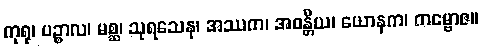
ကုရု၊ ပဉ္စာလ၊ မစ္ဆ၊ သုရသေန၊ အဿက၊ အဝန္တိယ၊ ယောနက၊ ကမ္ဗောဇ။